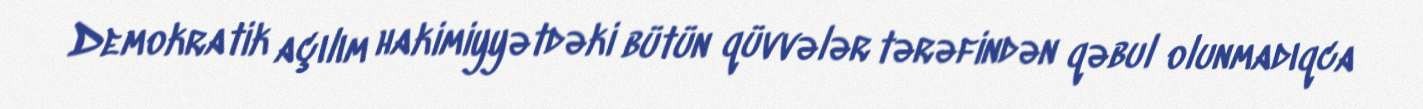
Demokratik açılım hakimiyyətdəki bütün qüvvələr tərəfindən qəbul olunmadıqca